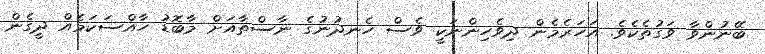
ބޭނުންވާ ވަގުތެކެވެ. އަހަރެމެން ދިވެހިންނަކީ ވެސް ހެނދުނުގެ ނާސްތާއަށް މާބޮޑު ހާއްސަކަމެއް ދީގެން